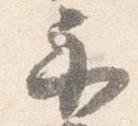
示